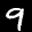
Label: 9